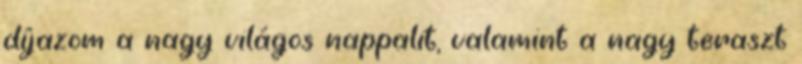
díjazom a nagy világos nappalit, valamint a nagy teraszt